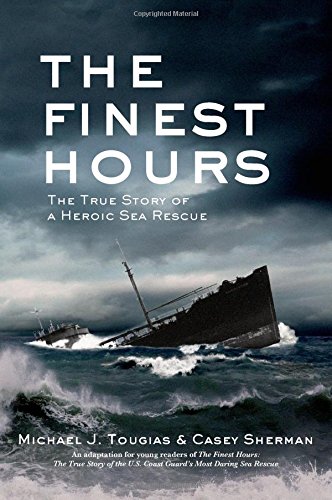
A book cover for The Finest Hours: The True Story of a Heroic Sea Rescue; Michael J. Tougias; Children's Books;